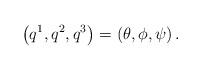
LaTeX: \begin{align*}\left(q^1,q^2,q^3\right)=\left(\theta,\phi,\psi\right).\end{align*}